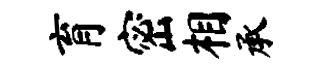
育密相承